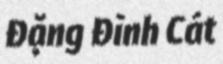
Đặng Đình Cát